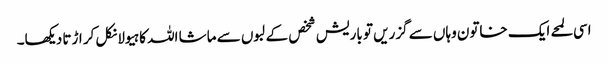
اسی لمحے ایک خاتون وہاں سے گزریں تو باریش شخص کے لبوں سے ماشا اللہ کا ہیولا نکل کر اڑتا دیکھا۔